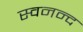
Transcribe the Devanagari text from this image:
स्वनन्द